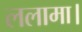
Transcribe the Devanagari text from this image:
ललामा।